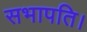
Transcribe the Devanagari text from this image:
सभापति।